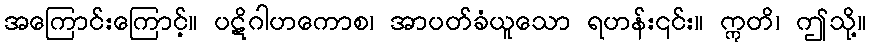
အကြောင်းကြောင့်။ ပဋိဂါဟကောစ၊ အာပတ်ခံယူသော ရဟန်း၎င်း။ ဣတိ၊ ဤသို့။